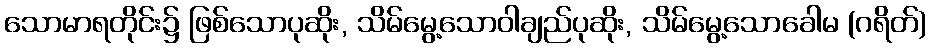
သောမာရတိုင်း၌ ဖြစ်သောပုဆိုး, သိမ်မွေ့သောဝါချည်ပုဆိုး, သိမ်မွေ့သောခေါမ (ဂရိတ်)